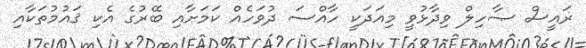
ރައީސް ޞާހިލް ވިދާޅުވީ މިއަދަކީ ހާއްސަ ދުވަހެއް ކަމަށާއި ބޭރުގެ އެކި ޤައުމުތަކާއި